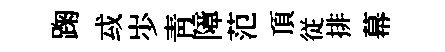
踘㦯𡵯靑障范頂従排幕